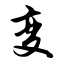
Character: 变